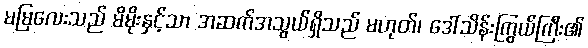
မမြလေးသည် မိမိုးနှင့်သာ အဆက်အသွယ်ရှိသည် မဟုတ်၊ ဒေါ်သိန်းကြွယ်ကြီး၏